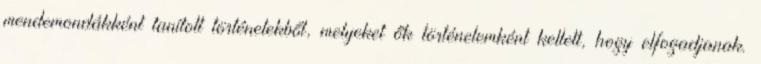
mendemondákként tanított történetekből, melyeket ők történelemként kellett, hogy elfogadjanak.